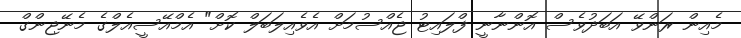
މެއިން ރަންވޭ އަބަދުވެސް އޮންނާނީ ފްލައިޓު ޖެއްސުމަށް އެވެއިލަބަލް ކޮށް" އެމްއޭސީއެލްގެ މެނޭޖިންގް